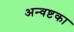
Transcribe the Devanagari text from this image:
अन्वष्टका